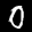
Label: 0